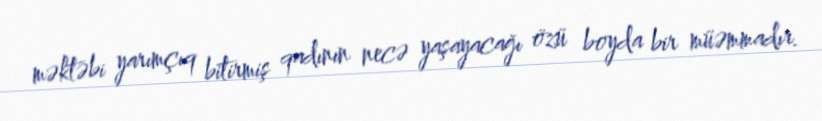
məktəbi yarımçıq bitirmiş qadının necə yaşayacağı özü boyda bir müəmmadır.